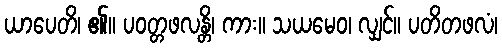
ယာပေတိ၊ ၏။ ပဝတ္တဖလန္တိ၊ ကား။ သယမေဝ၊ လျှင်။ ပတိတဖလံ၊